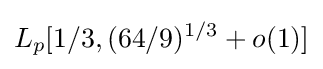
L_{p}[1/3,(64/9)^{1/3}+o(1)]